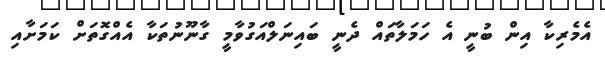
އެމެރިކާ އިން ބުނީ އެ ހަމަލާތައް ދެނީ ބައިނަލްއަގުވާމީ ގާނޫނުތަކާ އެއްގޮތަށް ކަމަށާއި